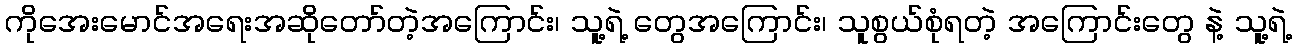
ကိုအေးမောင်အရေးအဆိုတော်တဲ့အကြောင်း၊ သူ့ရဲ့ တွေအကြောင်း၊ သူစွယ်စုံရတဲ့ အကြောင်းတွေ နဲ့ သူ့ရဲ့